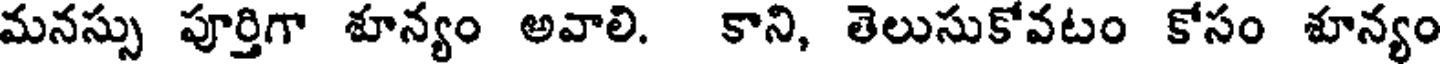
మనస్సు పూర్తిగా శూన్యం అవాలి. కాని, తెలుసుకోవటం కోసం శూన్యం